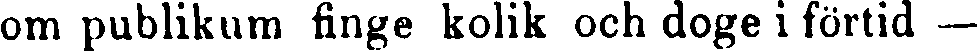
om publikum finge kolik och doge i förtid —